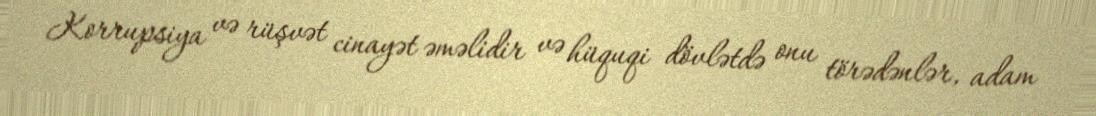
Korrupsiya və rüşvət cinayət əməlidir və hüquqi dövlətdə onu törədənlər, adam